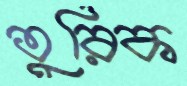
তুরিক